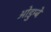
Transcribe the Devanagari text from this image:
ओडुम्बे